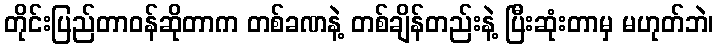
တိုင်းပြည်တာဝန်ဆိုတာက တစ်ခဏနဲ့ တစ်ချိန်တည်းနဲ့ ပြီးဆုံးတာမှ မဟုတ်ဘဲ၊